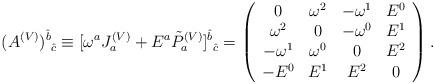
LaTeX: \begin{align*}(A^{(V)})^{\hat{b}}_{\mbox{ }\hat{c}}\equiv[\omega^{a}J^{(V)}_{a}+E^{a}\tilde{P}^{(V)}_{a}]^{\hat{b}}_{\mbox{ }\hat{c}}=\left( \begin{array}{cccc} 0 & \omega^{2} & -\omega^{1} & E^{0} \\ \omega^{2} & 0 & -\omega^{0} & E^{1} \\ -\omega^{1} & \omega^{0} & 0 & E^{2} \\ -E^{0} & E^{1} & E^{2} & 0 \\ \end{array}\right).\end{align*}